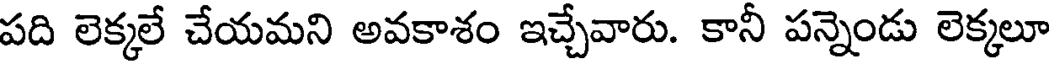
పది లెక్కలే చేయమని అవకాశం ఇచ్చేవారు. కానీ పన్నెండు లెక్కలూ